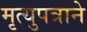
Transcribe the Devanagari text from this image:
मृत्युपत्राने